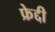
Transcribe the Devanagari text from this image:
फ्रेद्दी